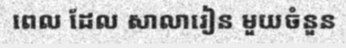
ពេល ដែល សាលារៀន មួយចំនួន